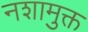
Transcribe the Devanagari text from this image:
नशामुक्त